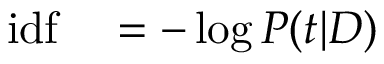
\begin{array} { r l } { \mathrm { i d f } } & { { } = - \log P ( t | D ) } \end{array}